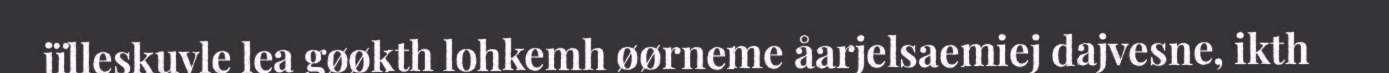
jïlleskuvle lea gøøkth lohkemh øørneme åarjelsaemiej dajvesne, ikth